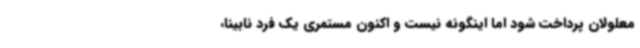
معلولان پرداخت شود اما اینگونه نیست و اکنون مستمری یک فرد نابینا،